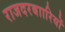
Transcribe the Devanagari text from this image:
राजदरबाारियों